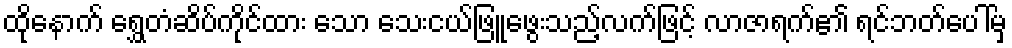
ထိုနောက် ရွှေတံဆိပ်ကိုင်ထား သော သေးငယ်ဖြူဖွေးသည့်လက်ဖြင့် လာဇာရက်၏ ရင်ဘတ်ပေါ်မှ